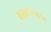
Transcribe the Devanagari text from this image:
कल्पान्तकाल